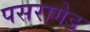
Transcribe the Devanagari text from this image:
पसरागेड